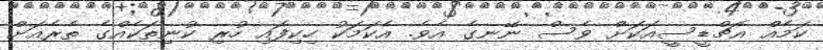
ކަމެއް އެޗްޑީސީއަކަށް ވެސް ނޭނގެ އެވެ. އެކަމަކު ހިކިފައި ހުރި ކުނިތަކެއްގެ ތެރެއަށް